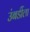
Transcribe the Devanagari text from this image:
उंबर्डीला